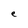
Character: e